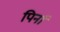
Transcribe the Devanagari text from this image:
पिर्ना